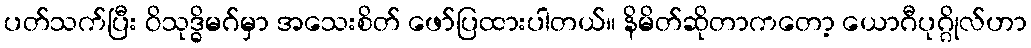
ပတ်သက်ပြီး ဝိသုဒ္ဓိမဂ်မှာ အသေးစိတ် ဖော်ပြထားပါတယ်။ နိမိတ်ဆိုတာကတော့ ယောဂီပုဂ္ဂိုလ်ဟာ